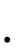
.